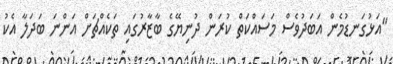
"އަޅުގަނޑުމެން އަބަދުވެސް މަސައްކަތް ކުރަން ދުނިޔޭގެ ބާޒާރުގައި ތަކެއްޗަށް އަންނަ ބަދަލާ އެކު